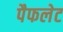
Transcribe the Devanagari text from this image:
पैफलेट